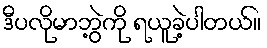
ဒီပလိုမာဘွဲ့ကို ရယူခဲ့ပါတယ်။